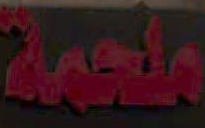
ملحمة